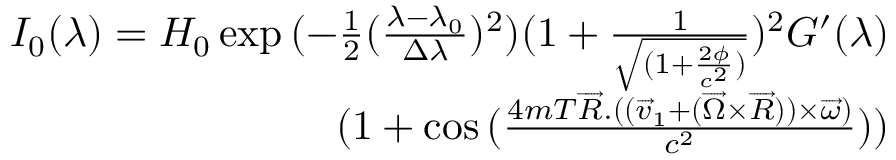
\begin{array} { r } { I _ { 0 } ( \lambda ) = H _ { 0 } \exp { ( - \frac { 1 } { 2 } ( \frac { \lambda - \lambda _ { 0 } } { \Delta \lambda } ) ^ { 2 } ) ( 1 + \frac { 1 } { \sqrt { ( 1 + \frac { 2 \phi } { c ^ { 2 } } ) } } ) ^ { 2 } } G ^ { \prime } ( \lambda ) } \\ { ( 1 + \cos { ( \frac { 4 m T \overrightarrow { R } . ( ( \overrightarrow { v } _ { 1 } + ( \overrightarrow { \Omega } \times \overrightarrow { R } ) ) \times \overrightarrow { \omega } ) } { c ^ { 2 } } ) } ) } \end{array}